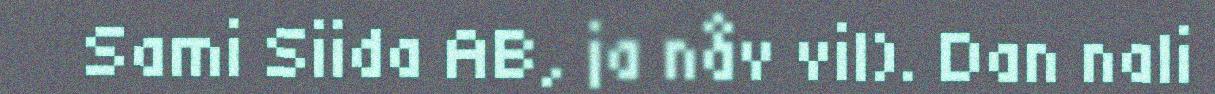
Sami Siida AB, ja nåv vil). Dan nali